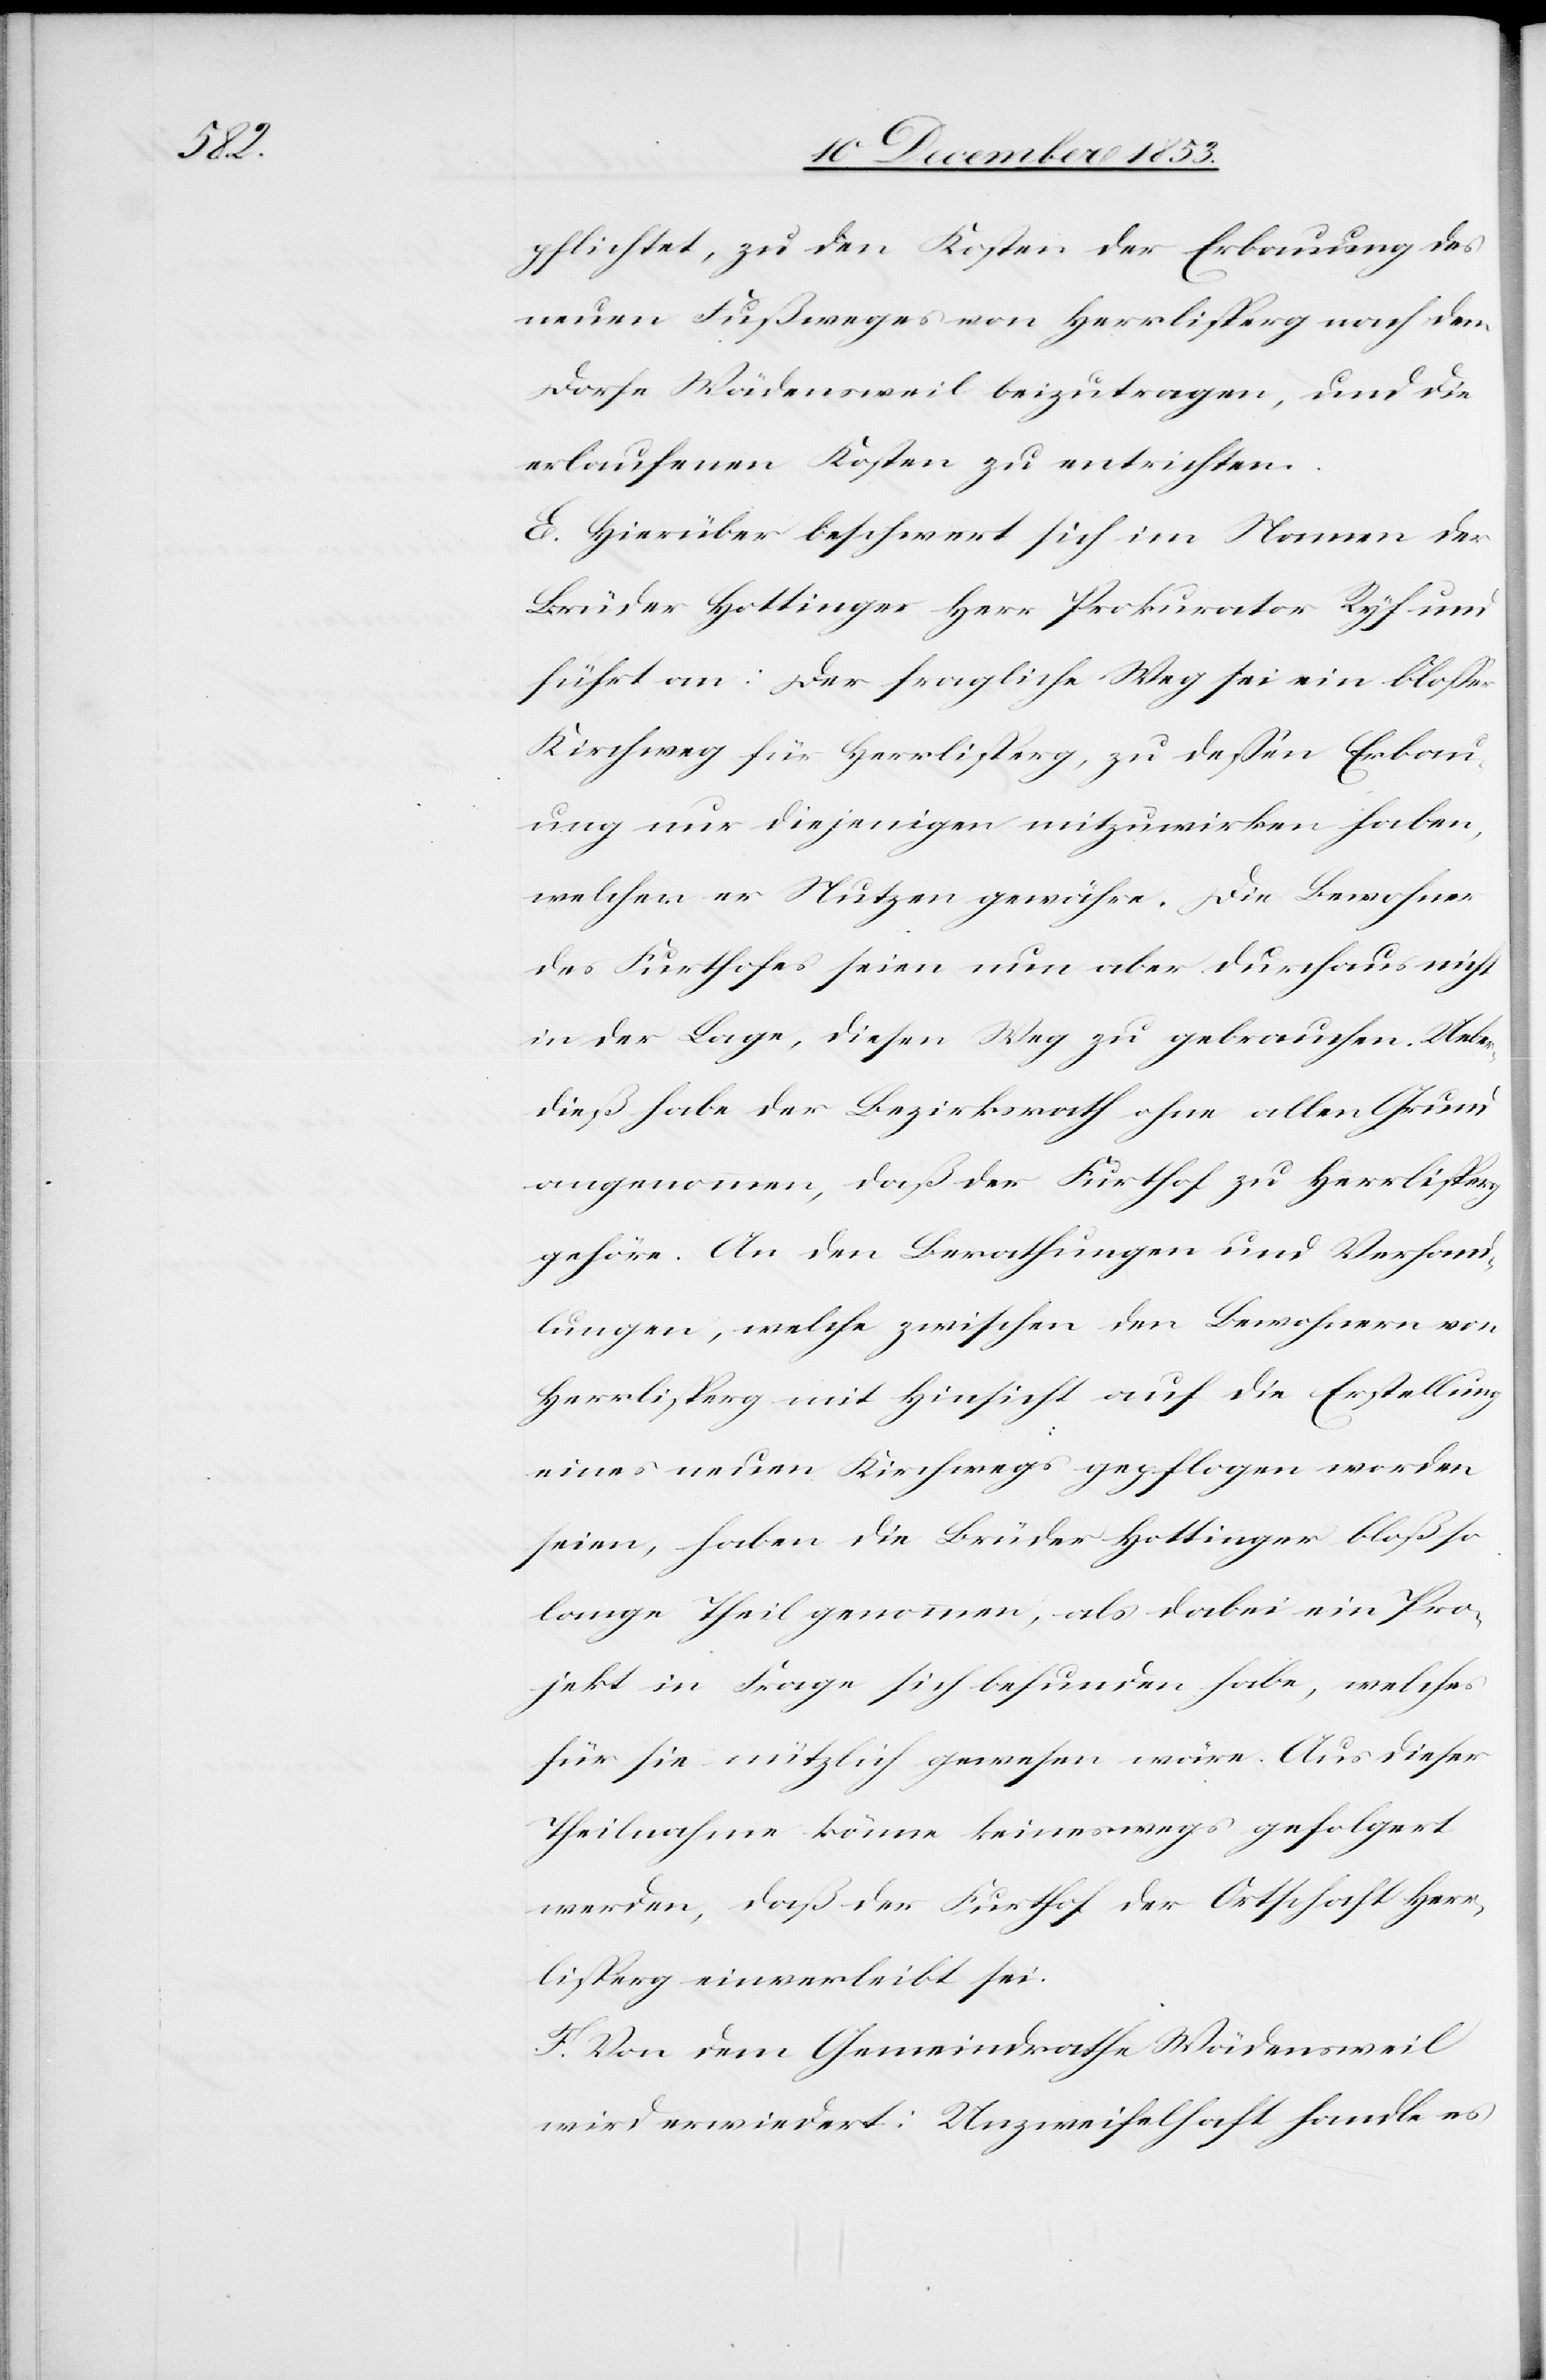
pflichtet, zu den Kosten der Erbauung des
neuen Fußweges von Herrlisperg nach dem
Dorfe Wädensweil beizutragen, und die
erlaufenen Kosten zu entrichten.
E. Hierüber beschwert sich im Namen der
Brüder Hottinger Herr Prokurator Ryf und
führt an: Der fragliche Weg sei ein bloßer
Kirchweg für Herrlisperg, zu deßen Erbau¬
ung nur diejenigen mitzuwirken haben,
welchen er Nutzen gewähre. Die Bewohner
des Furthofes seien nun aber durchaus nicht
in der Lage, diesen Weg zu gebrauchen. Ueber¬
dieß habe der Bezirksrath ohne allen Grund
angenommen, daß der Furthof zu Herrlisperg
gehöre. An den Berathungen und Verhan¬
dlungen, welche zwischen den Bewohnern von
Herrlisperg mit Hinsicht auf die Erstellung
eines neuen Kirchwegs gepflogen worden
seien, haben die Brüder Hottinger bloß so
lange Theil genommen, als dabei ein Pro¬
jekt in Frage sich befunden habe, welches
für sie nützlich gewesen wäre. Aus dieser
Theilnahme könne keineswegs gefolgert
werden, daß der Furthof der Ortschaft Herr¬
lisperg einverleibt sei.
F. Von dem Gemeindrathe Wädensweil
wird erwiedert: Unzweifelhaft handle es